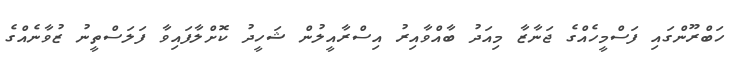
ހަބްރޫންގައި ފަސްމީހެއްގެ ޖަނާޒާ މިއަދު ބާއްވާއިރު އިސްރާއީލުން ޝަހީދު ކޮށްލާފައިވާ ފަލަސްތީނު ޒުވާނެއްގެ